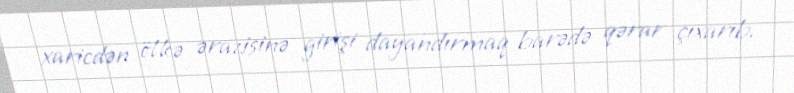
xaricdən ölkə ərazisinə girişi dayandırmaq barədə qərar çıxarıb.